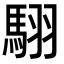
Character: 𮪄